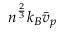
n ^ { \frac { 2 } { 3 } } k _ { B } \bar { v } _ { p }